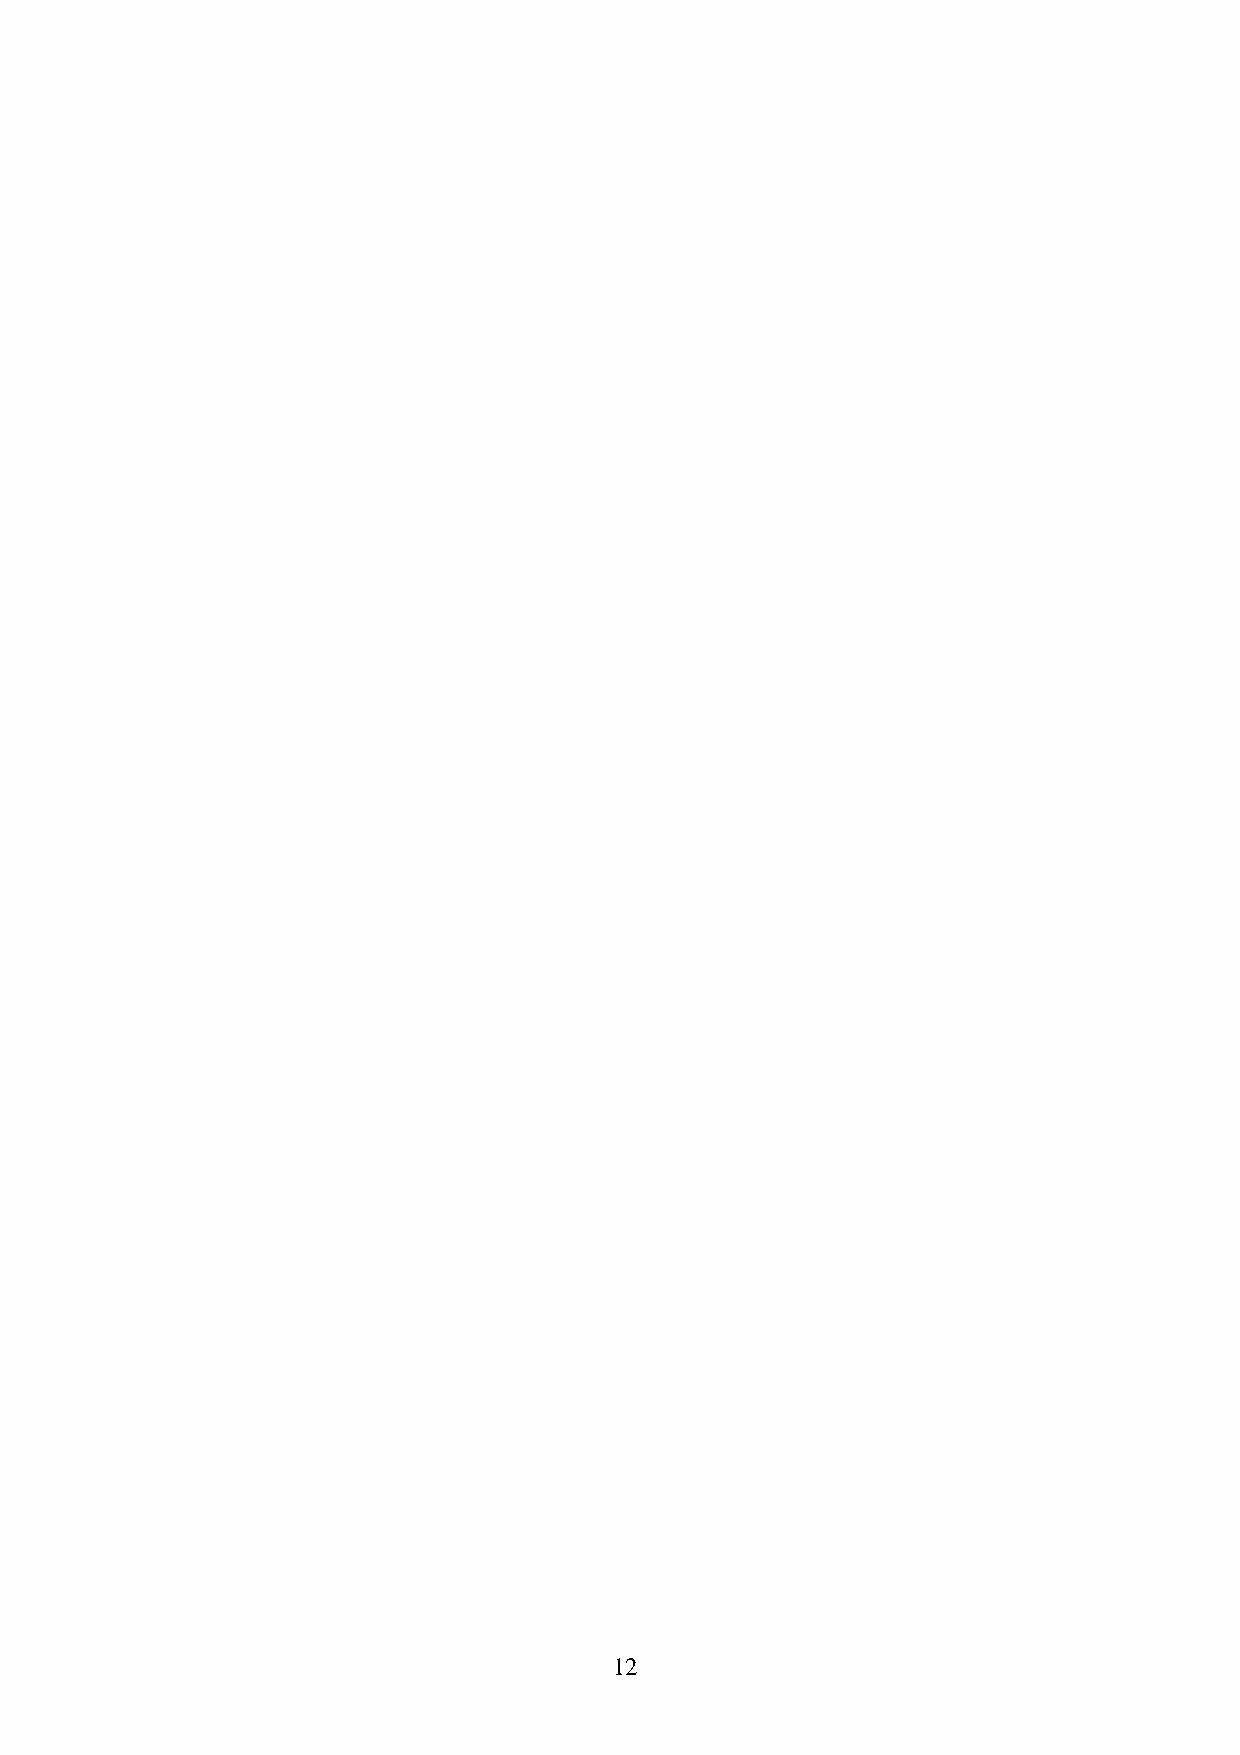
12